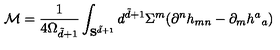
\mathcal { M } = \frac { 1 } { 4 \Omega _ { \tilde { d } + 1 } } \int _ { { \bf S } ^ { \tilde { d } + 1 } } d ^ { \tilde { d } + 1 } \Sigma ^ { m } ( \partial ^ { n } h _ { m n } - \partial _ { m } h ^ { a } { } _ { a } )